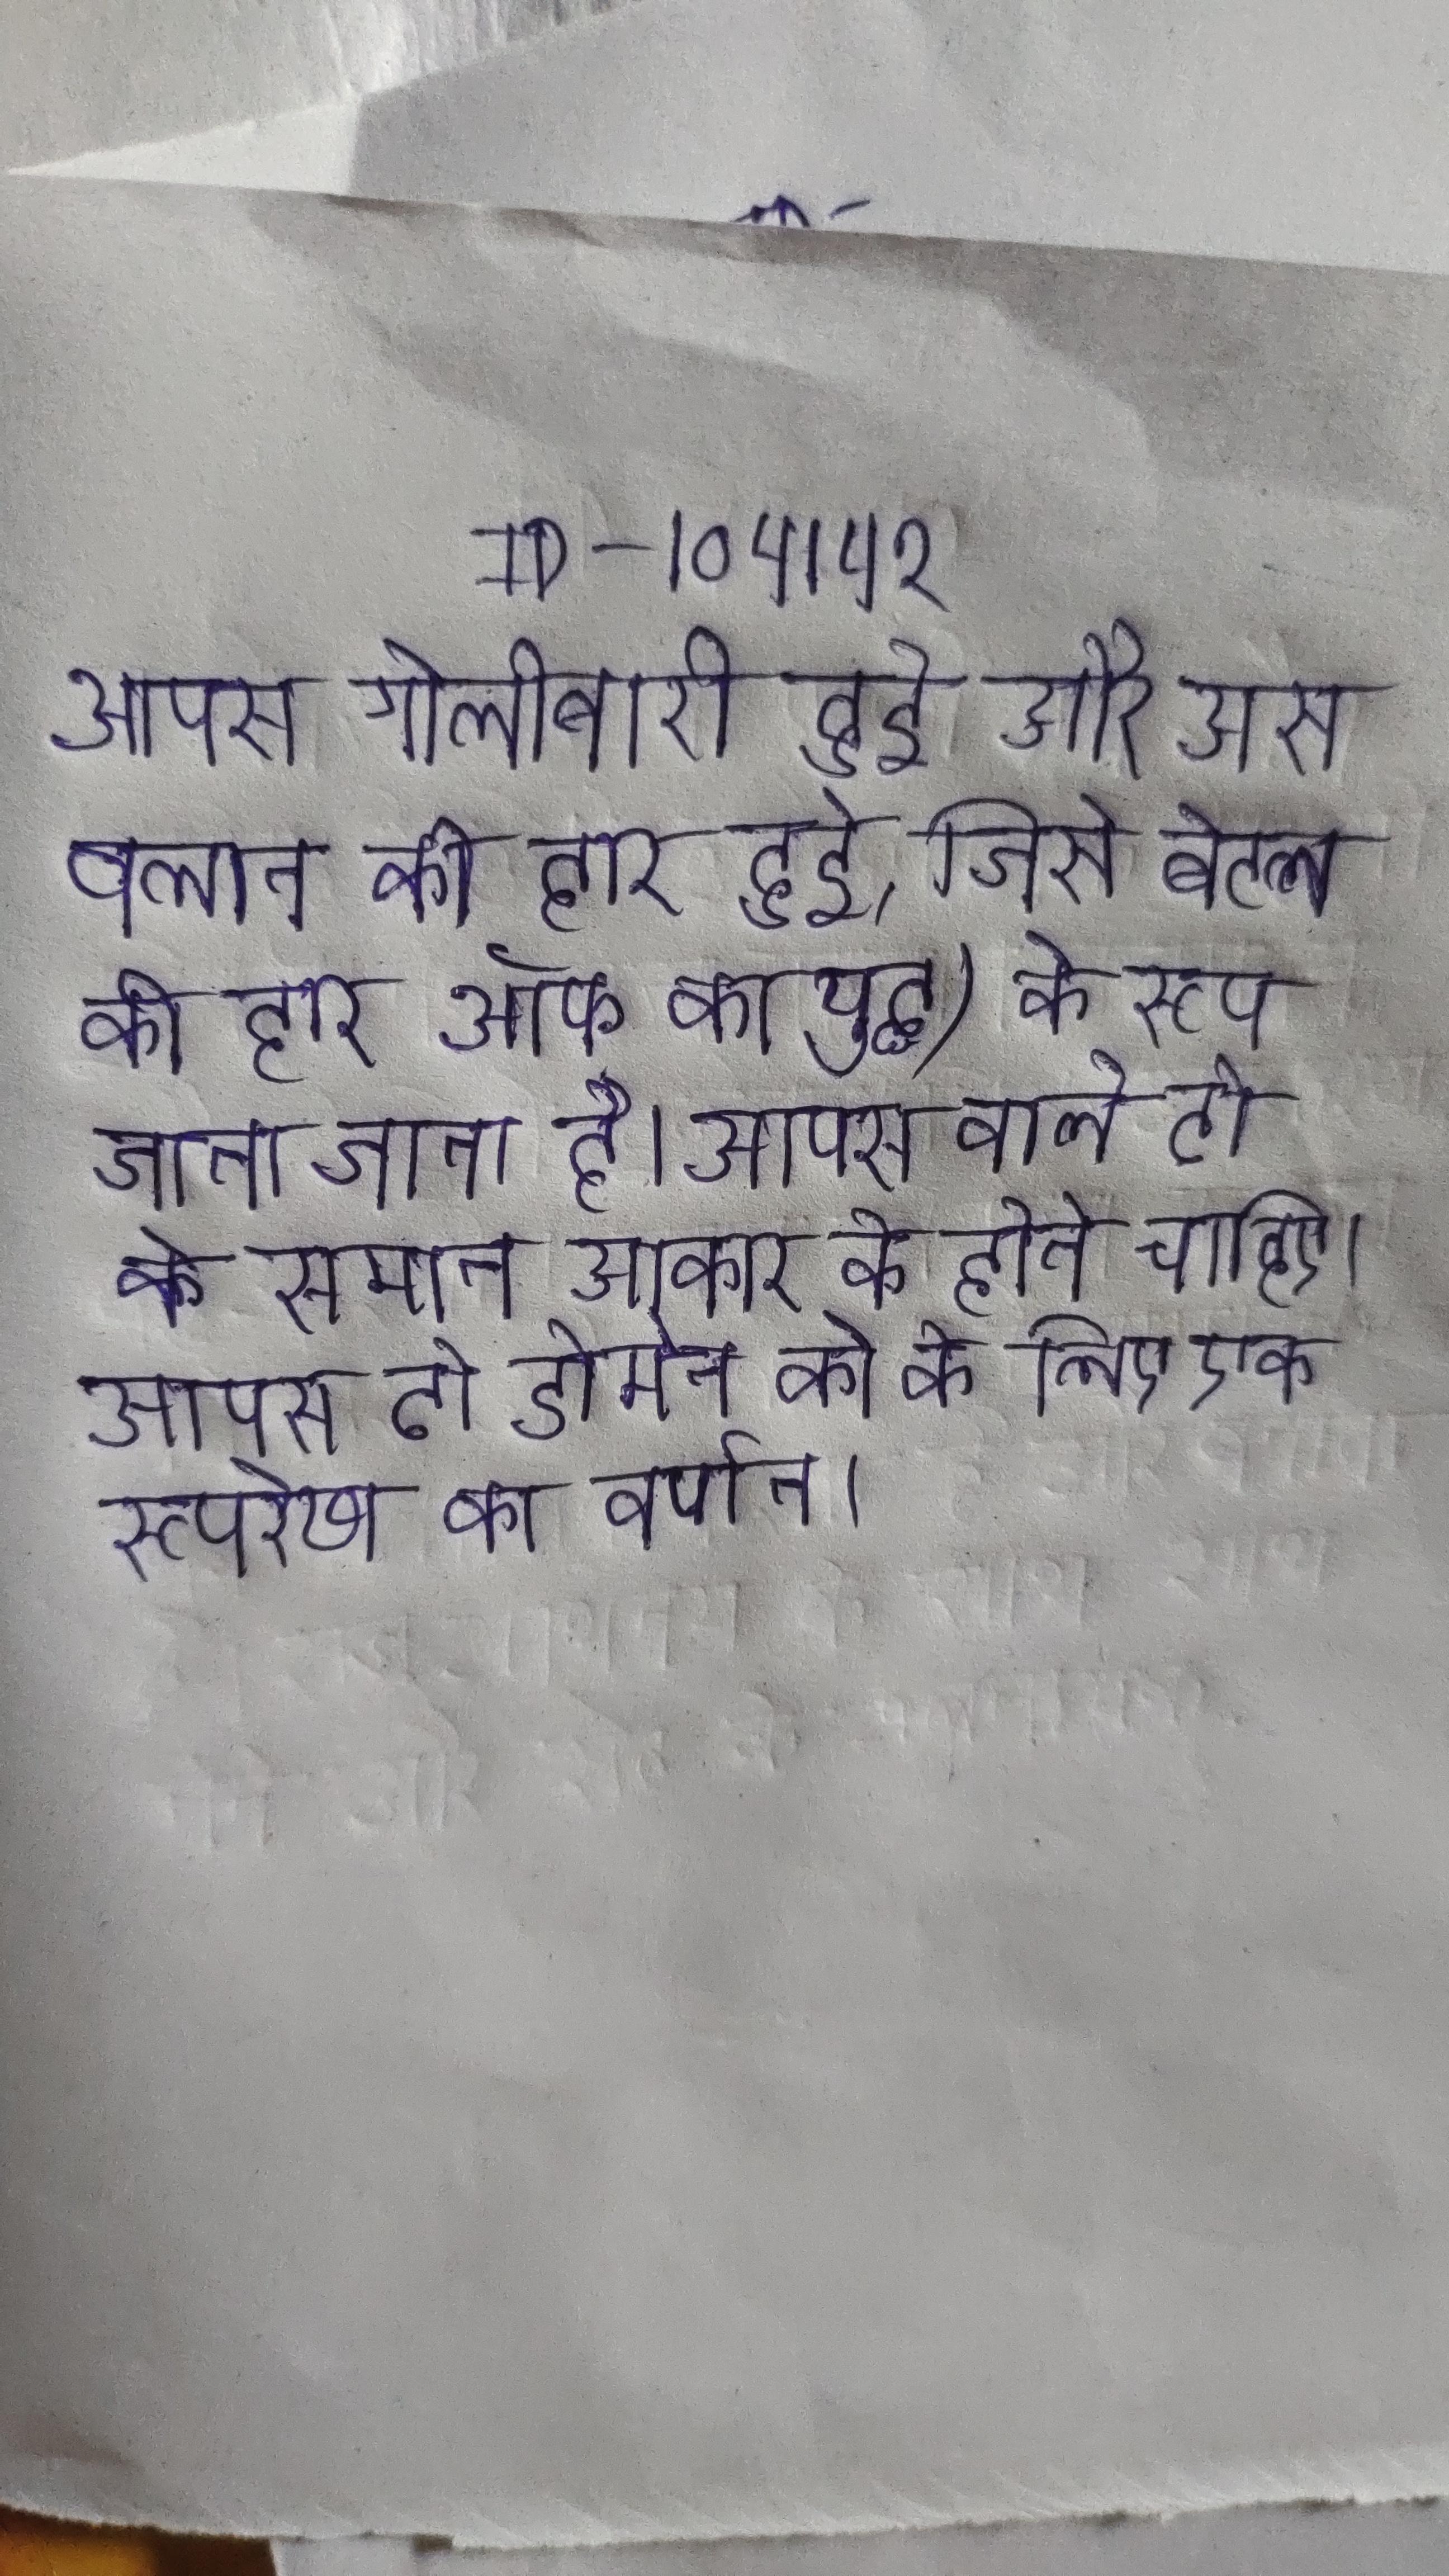
आपस गोलीबारी हुई और उस क्लान की हार हुई, जिसे बैटल ऑफ का युद्ध) के रूप जाना जाता है । आपस वाले दो के समान आकार के होने चाहिए । आपस दो डोमेन को के लिए एक रूपरेखा का वर्णन ।